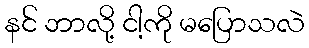
နင် ဘာလို့ ငါ့ကို မပြောသလဲ